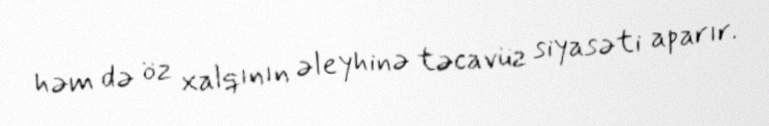
həm də öz xalqının əleyhinə təcavüz siyasəti aparır.